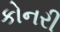
કોનરી